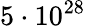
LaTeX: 5\cdot 10^{28}